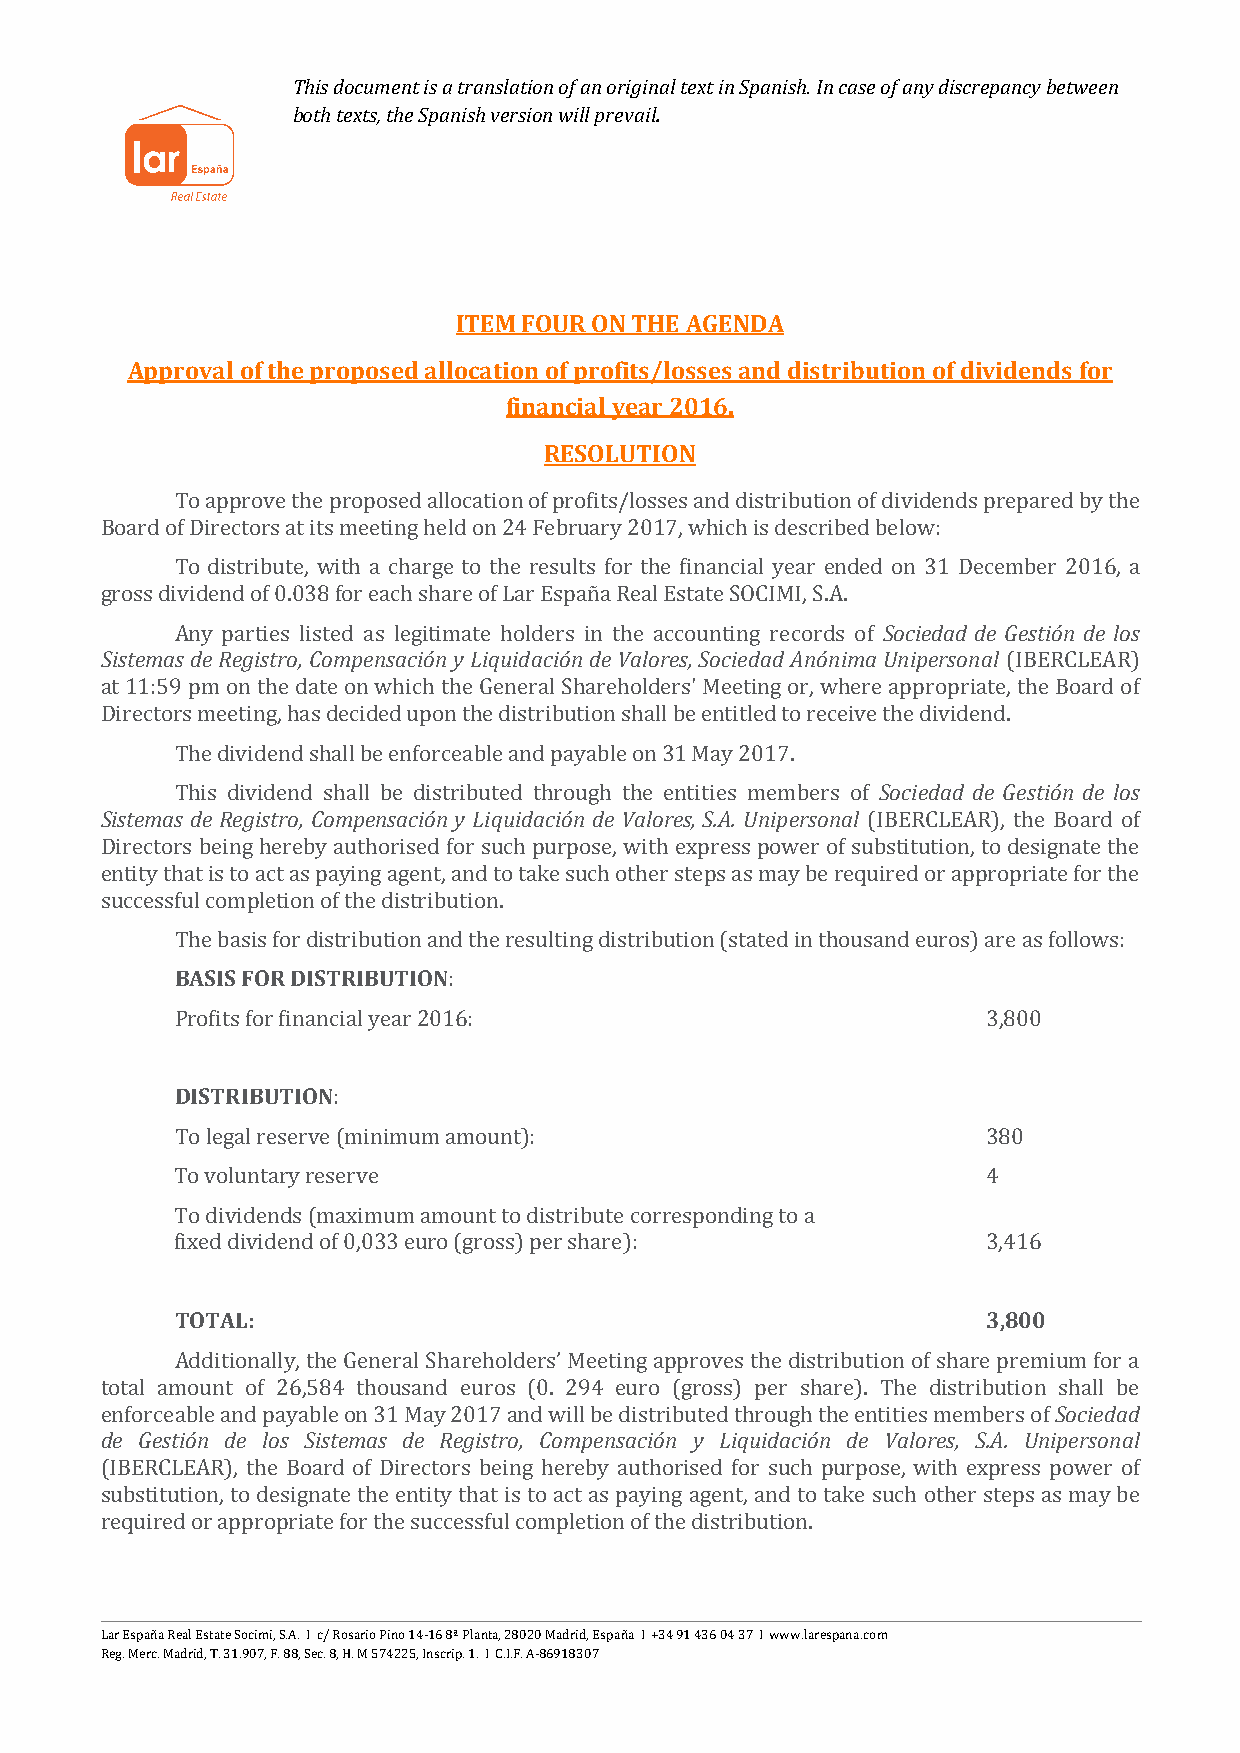
This document is a translation of an original text in Spanish. In case of any discrepancy between
 both texts, the Spanish version will prevail.
 ITEM FOUR ON THE AGENDA
 Approval of the proposed allocation of profits/losses and distribution of dividends for
 financial year 2016.
 RESOLUTION
 To approve the proposed allocation of profits/losses and distribution of dividends prepared by the
 Board of Directors at its meeting held on 24 February 2017, which is described below:
 To distribute, with a charge to the results for the financial year ended on 31 December 2016, a
 Sociedad de Gestión de los
 gross dividend of 0.038 for each share of Lar España Real Estate SOCIMI, S.A.
 Sistemas de Registro, Compensación y Liquidación de Valores, Sociedad Anónima Unipersonal
 Any parties listed as legitimate holders in the accounting records of
 (IBERCLEAR)
 at 11:59 pm on the date on which the General Shareholders' Meeting or, where appropriate, the Board of
 Directors meeting, has decided upon the distribution shall be entitled to receive the dividend.
 Sociedad de Gestión de los
 The dividend shall be enforceable and payable on 31 May 2017.
 Sistemas de Registro, Compensación y Liquidación de Valores, S.A. Unipersonal
 This dividend shall be distributed through the entities members of
 (IBERCLEAR), the Board of
 Directors being hereby authorised for such purpose, with express power of substitution, to designate the
 entity that is to act as paying agent, and to take such other steps as may be required or appropriate for the
 successful completion of the distribution.
 BASIS FOR DISTRIBUTION
 The basis for distribution and the resulting distribution (stated in thousand euros) are as follows:
 :
 Profits for financial year 2016:                     3,800
 DISTRIBUTION
 :
 To legal reserve (minimum amount):                   380
 To voluntary reserve                                 4
 To dividends (maximum amount to distribute corresponding to a
 fixed dividend of 0,033 euro (gross) per share):     3,416
 TOTAL:                                               3,800
 Additionally, the General Shareholders’ Meeting approves the distribution of share premiSuomci efodra da
 dtoet aGl easmtióonu ndt eo fl o2s 6,S5i8st4e mthaos usdaen dR eeguisrtorso , (0C.o m29p4e nesaucrioó n( gryo sLsi)q upidera csióhna red)e. TVhaelo rdeiss,t riSb.Au.t ioUnn ipsheraslol nbael
 enforceable and payable on 31 May 2017 and will be distributed through the entities members of
 (IBERCLEAR), the Board of Directors being hereby authorised for such purpose, with express power of
 substitution, to designate the entity that is to act as paying agent, and to take such other steps as may be
 required or appropriate for the successful completion of the distribution.
 Lar España Real Estate Socimi, S.A. I c/ Rosario Pino 14-16 8ª Planta, 28020 Madrid, España I +34 91 436 04 37 I www.larespana.com
 Reg. Merc. Madrid, T. 31.907, F. 88, Sec. 8, H. M 574225, Inscrip. 1. I C.I.F. A-86918307